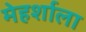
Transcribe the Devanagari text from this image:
मेहर्शाला